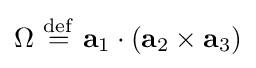
\Omega \ {\stackrel {\mathrm {def} }{=}}\ \mathbf {a} _{1}\cdot \left(\mathbf {a} _{2}\times \mathbf {a} _{3}\right)